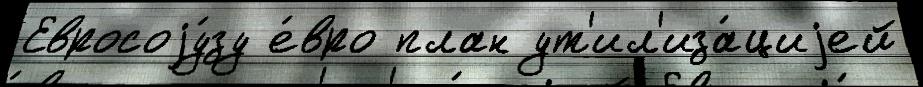
Евросоjу́зу е́вро план ут'ил'иза́циjей